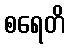
စရေတိ